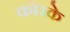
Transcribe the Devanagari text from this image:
कोरके